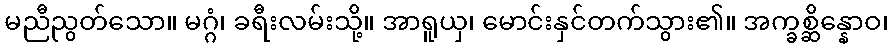
မညီညွတ်သော။ မဂ္ဂံ၊ ခရီးလမ်းသို့။ အာရူယှ၊ မောင်းနှင်တက်သွား၏။ အက္ခစ္ဆိန္နောဝ၊